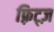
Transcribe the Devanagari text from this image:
फ़्रिट्ज़